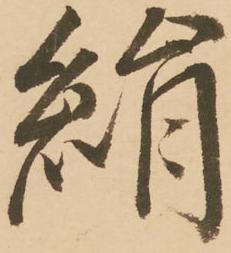
絹